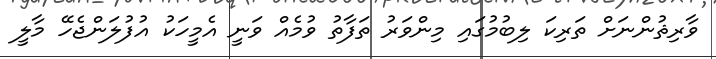
ވާރިޘުންނަށް ތަރިކަ ލިބުމުގައި މިންވަރު ތަފާތު ވުމެއް ވަނީ އެމީހަކު އުފުލަންޖެހޭ މާލީ